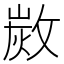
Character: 𢾡